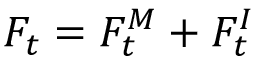
F _ { t } = F _ { t } ^ { M } + F _ { t } ^ { I }